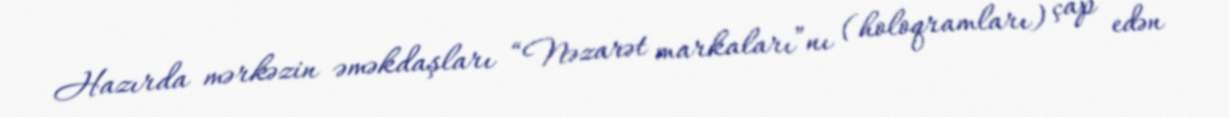
Hazırda mərkəzin əməkdaşları “Nəzarət markaları”nı (holoqramları) çap edən